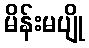
မိန်းမပျို